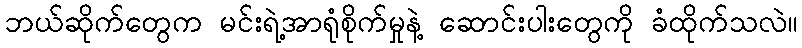
ဘယ်ဆိုက်တွေက မင်းရဲ့အာရုံစိုက်မှုနဲ့ ဆောင်းပါးတွေကို ခံထိုက်သလဲ။